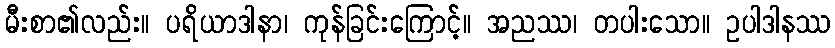
မီးစာ၏လည်း။ ပရိယာဒါနာ၊ ကုန်ခြင်းကြောင့်။ အညဿ၊ တပါးသော။ ဥပါဒါနဿ